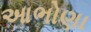
આભોણા